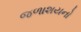
જળાશયનો